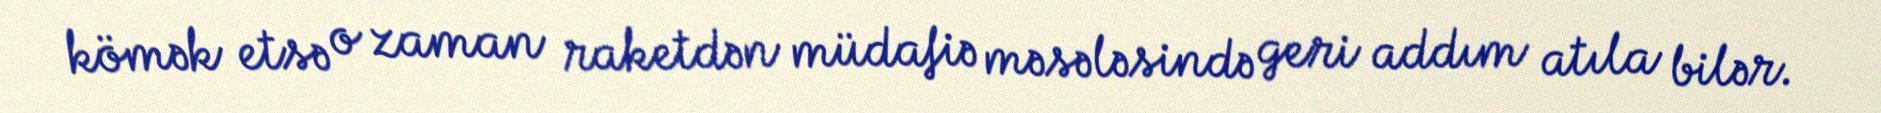
kömək etsə o zaman raketdən müdafiə məsələsində geri addım atıla bilər.